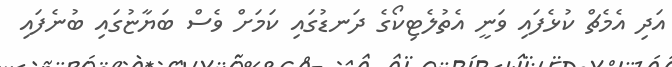
އަދި އެމެޗް ކުޅެފައި ވަނީ އެތުލެޓިކޯގެ ދަނޑުގައި ކަމަށް ވެސް ބަޔާޏުގައި ބުނެފައި